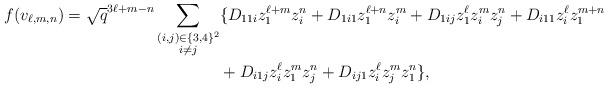
LaTeX: \begin{align*}f(v_{\ell,m,n})=\sqrt{q}^{3\ell+m-n}\sum_{\substack{(i,j)\in\{3,4\}^2\\i\neq j}}&\{D_{11i}z_1^{\ell+m}z_i^n+D_{1i1}z_1^{\ell+n}z_i^m+D_{1ij}z_1^\ell z_i^mz_j^n+D_{i11}z_i^\ell z_1^{m+n}\\&+D_{i1j}z_i^\ell z_1^m z_j^n+D_{ij1}z_i^\ell z_j^mz_1^n\},\\\end{align*}